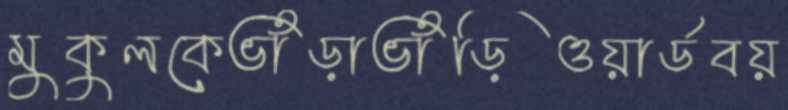
মুকুলকেভাঁড়াভাঁড়িওয়ার্ডবয়